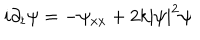
i { \partial _ { t } } \psi = - \psi _ { x x } + 2 k { \mid \psi \mid } ^ { 2 } \psi